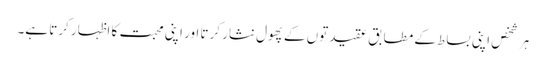
ہر شخص اپنی بساط کے مطابق عقیدتوں کے پھول نثار کرتا اور اپنی محبت کا اظہار کرتا ہے۔